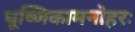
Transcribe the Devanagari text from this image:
धूष्णिकामनोहरः